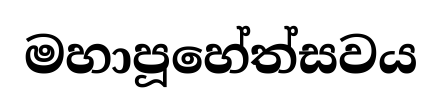
මහාපූහේත්සවය